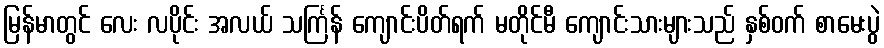
မြန်မာတွင် လေး လပိုင်း အလယ် သင်္ကြန် ကျောင်းပိတ်ရက် မတိုင်မီ ကျောင်းသားများသည် နှစ်ဝက် စာမေးပွဲ